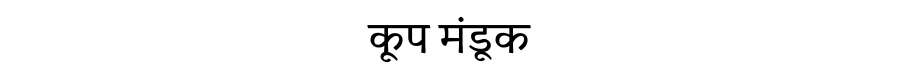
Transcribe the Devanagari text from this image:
कूप मंडूक